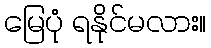
မြေပုံ ရနိုင်မလား။